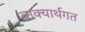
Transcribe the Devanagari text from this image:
वाक्यार्थगत